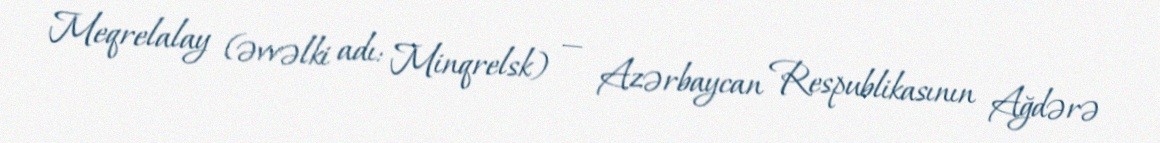
Meqrelalay (əvvəlki adı: Minqrelsk) — Azərbaycan Respublikasının Ağdərə